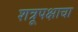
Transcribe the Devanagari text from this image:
शत्रूपक्षाचा